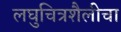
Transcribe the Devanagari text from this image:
लघुचित्रशैलीचा